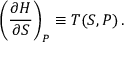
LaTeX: \left( { \frac { \partial H } { \partial S } } \right) _ { P } \equiv T ( S , P ) \, .